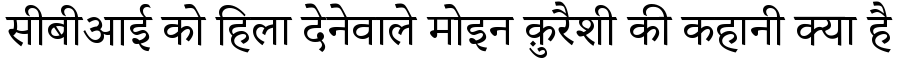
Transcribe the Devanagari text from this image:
सीबीआई को हिला देनेवाले मोइन क़ुरैशी की कहानी क्या है